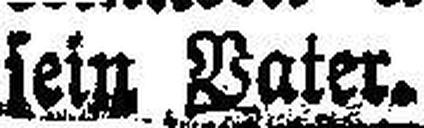
sein Vater.